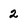
Character: 2